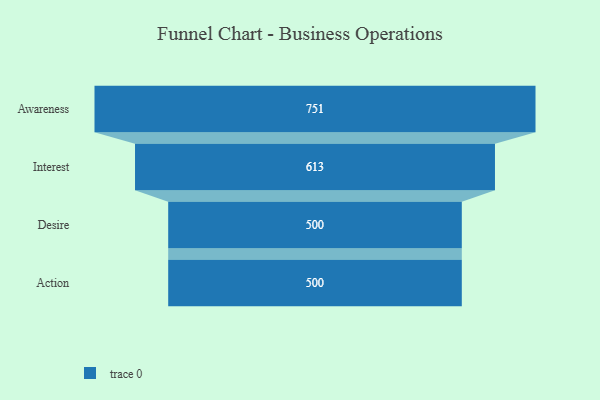
{"axis": {"x": "Stage", "y": "Value"}, "legend": [""], "data": [{"x": "Awareness", "y": 751.0, "type": ""}, {"x": "Interest", "y": 613.0, "type": ""}, {"x": "Desire", "y": 500, "type": ""}, {"x": "Action", "y": 500, "type": ""}]}